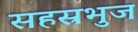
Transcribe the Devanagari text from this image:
सहस्रभुज